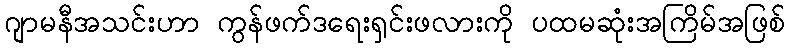
ဂျာမနီအသင်းဟာ ကွန်ဖက်ဒရေးရှင်းဖလားကို ပထမဆုံးအကြိမ်အဖြစ်